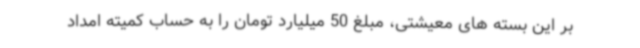
بر این بسته های معیشتی، مبلغ 50 میلیارد تومان را به حساب کمیته امداد